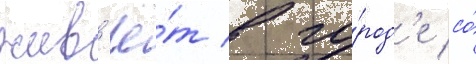
жив'ё́т в го́род'е со́